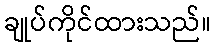
ချုပ်ကိုင်ထားသည်။